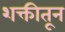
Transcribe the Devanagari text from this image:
शक्तीतून